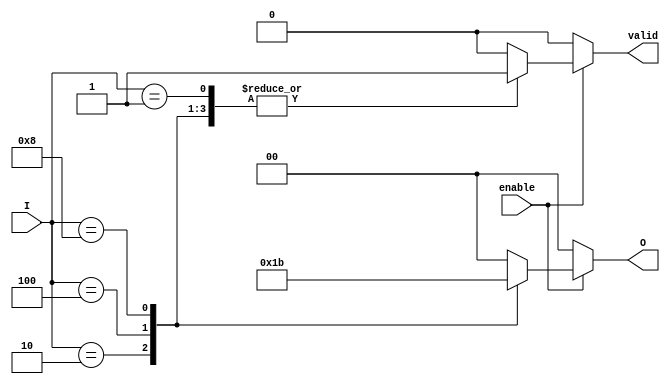
module binary_encoder (
    input wire [3:0] I,     // 4 input lines
    input wire enable,       // Enable signal
    output reg [1:0] O,      // 2 output lines
    output reg valid         // Valid output signal
);

always @(*) begin
    // Default values
    O = 2'b00;              // Default output
    valid = 1'b0;          // Default invalid output

    if (enable) begin
        case (I)
            4'b0001: begin O = 2'b00; valid = 1'b1; end // I0 active
            4'b0010: begin O = 2'b01; valid = 1'b1; end // I1 active
            4'b0100: begin O = 2'b10; valid = 1'b1; end // I2 active
            4'b1000: begin O = 2'b11; valid = 1'b1; end // I3 active
            default: begin O = 2'b00; valid = 1'b0; end // Invalid case
        endcase
    end else begin
        O = 2'b00; // If not enabled, output is default
        valid = 1'b0; // Not valid if not enabled
    end
end

endmodule